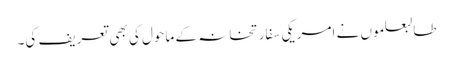
طالبعلموں نے امریکی سفارتخانہ کے ماحول کی بھی تعریف کی۔